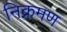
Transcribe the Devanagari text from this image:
निक्रमण